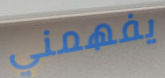
يفهمني